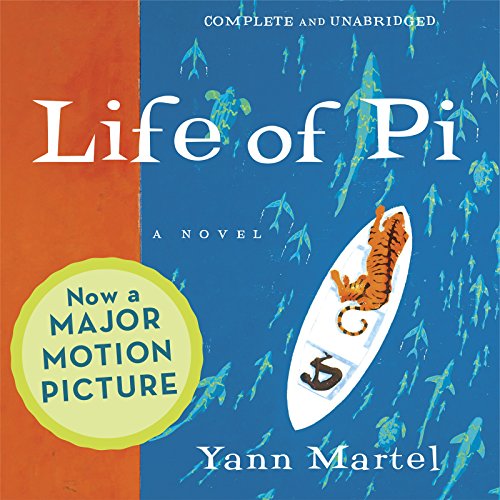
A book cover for Life of Pi; Yann Martel; Literature & Fiction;